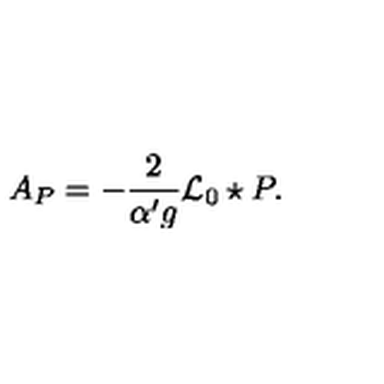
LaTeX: A _ { P } = - \frac { 2 } { { \alpha ^ { \prime } } g } { \mathcal { L } _ { 0 } } \star P .